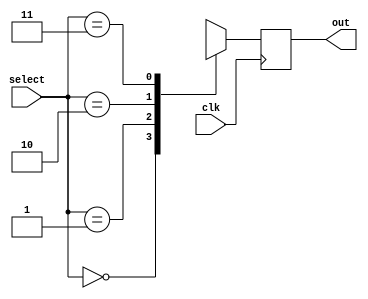
module always_rval_signal_select(
	input            clk,
	input      [1:0] select, 
	output reg [7:0] out
);

wire [7:0] data [3:0];

always @(posedge clk) begin
	out <= data[select];
end

endmodule